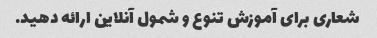
شعاری برای آموزش تنوع و شمول آنلاین ارائه دهید.